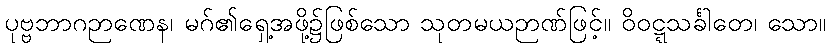
ပုဗ္ဗဘာဂဉာဏေန၊ မဂ်၏ရှေ့အဖို့၌ဖြစ်သော သုတမယဉာဏ်ဖြင့်။ ဝိဝဋ္ဋသင်္ခါတေ၊ သော။